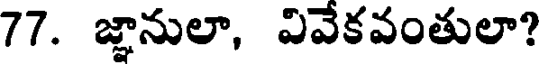
77. జ్ఞానులా, వివేకవంతులా?